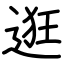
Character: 逛